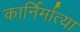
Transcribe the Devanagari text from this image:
कार्निर्मात्या